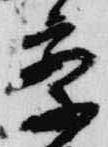
察